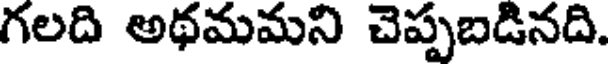
గలది అథమమని చెప్పబడినది.